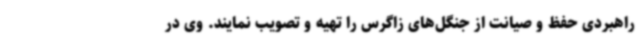
راهبردی حفظ و صیانت از جنگل‌های زاگرس را تهیه و تصویب نمایند. وی در